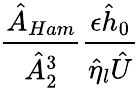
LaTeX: \frac{\hat{A}_{Ham}}{\hat{A}_{2}^{3}}\frac{\epsilon\hat{h}_{0}}{\hat{\eta}_{l}\hat{U}}